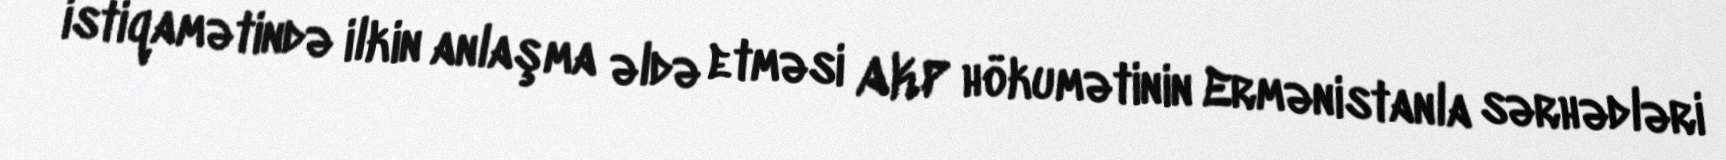
istiqamətində ilkin anlaşma əldə etməsi AKP hökumətinin Ermənistanla sərhədləri